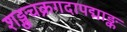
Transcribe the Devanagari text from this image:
शङ्खचक्रगदापद्माङ्क